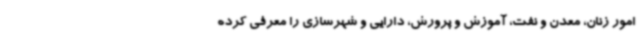
امور زنان، معدن و نفت، آموزش و پرورش، دارایی و شهرسازی را معرفی کرده